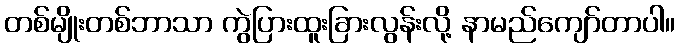
တစ်မျိုးတစ်ဘာသာ ကွဲပြားထူးခြားလွန်းလို့ နာမည်ကျော်တာပါ။